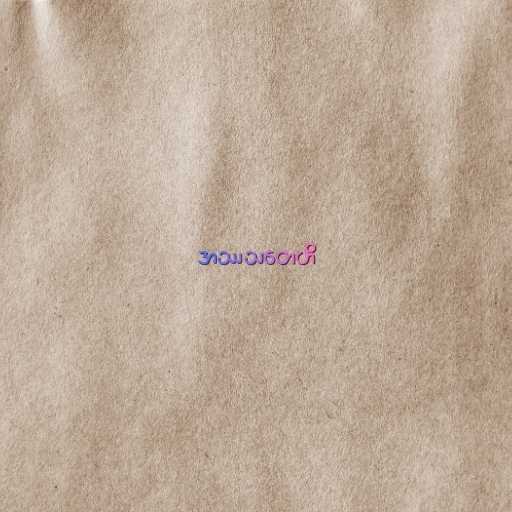
အဿသတေဟိ